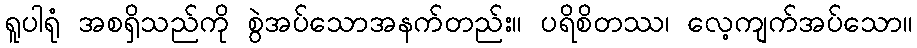
ရူပါရုံ အစရှိသည်ကို စွဲအပ်သောအနက်တည်း။ ပရိစိတဿ၊ လေ့ကျက်အပ်သော။